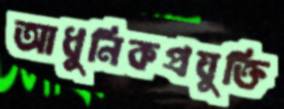
আধুনিকপ্রযুক্তি